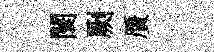
闤劂贋